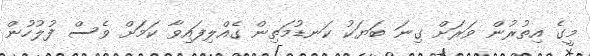
މީގެ އިތުރުން ވަރަށް ގިނަ ބަޔަކު ކަނޑުމަތިން ގެއްލިފައިވާ ކަމަށް ވެސް ފުލުހުން